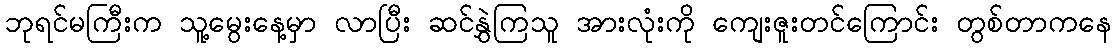
ဘုရင်မကြီးက သူ့မွေးနေ့မှာ လာပြီး ဆင်နွှဲကြသူ အားလုံးကို ကျေးဇူးတင်ကြောင်း တွစ်တာကနေ